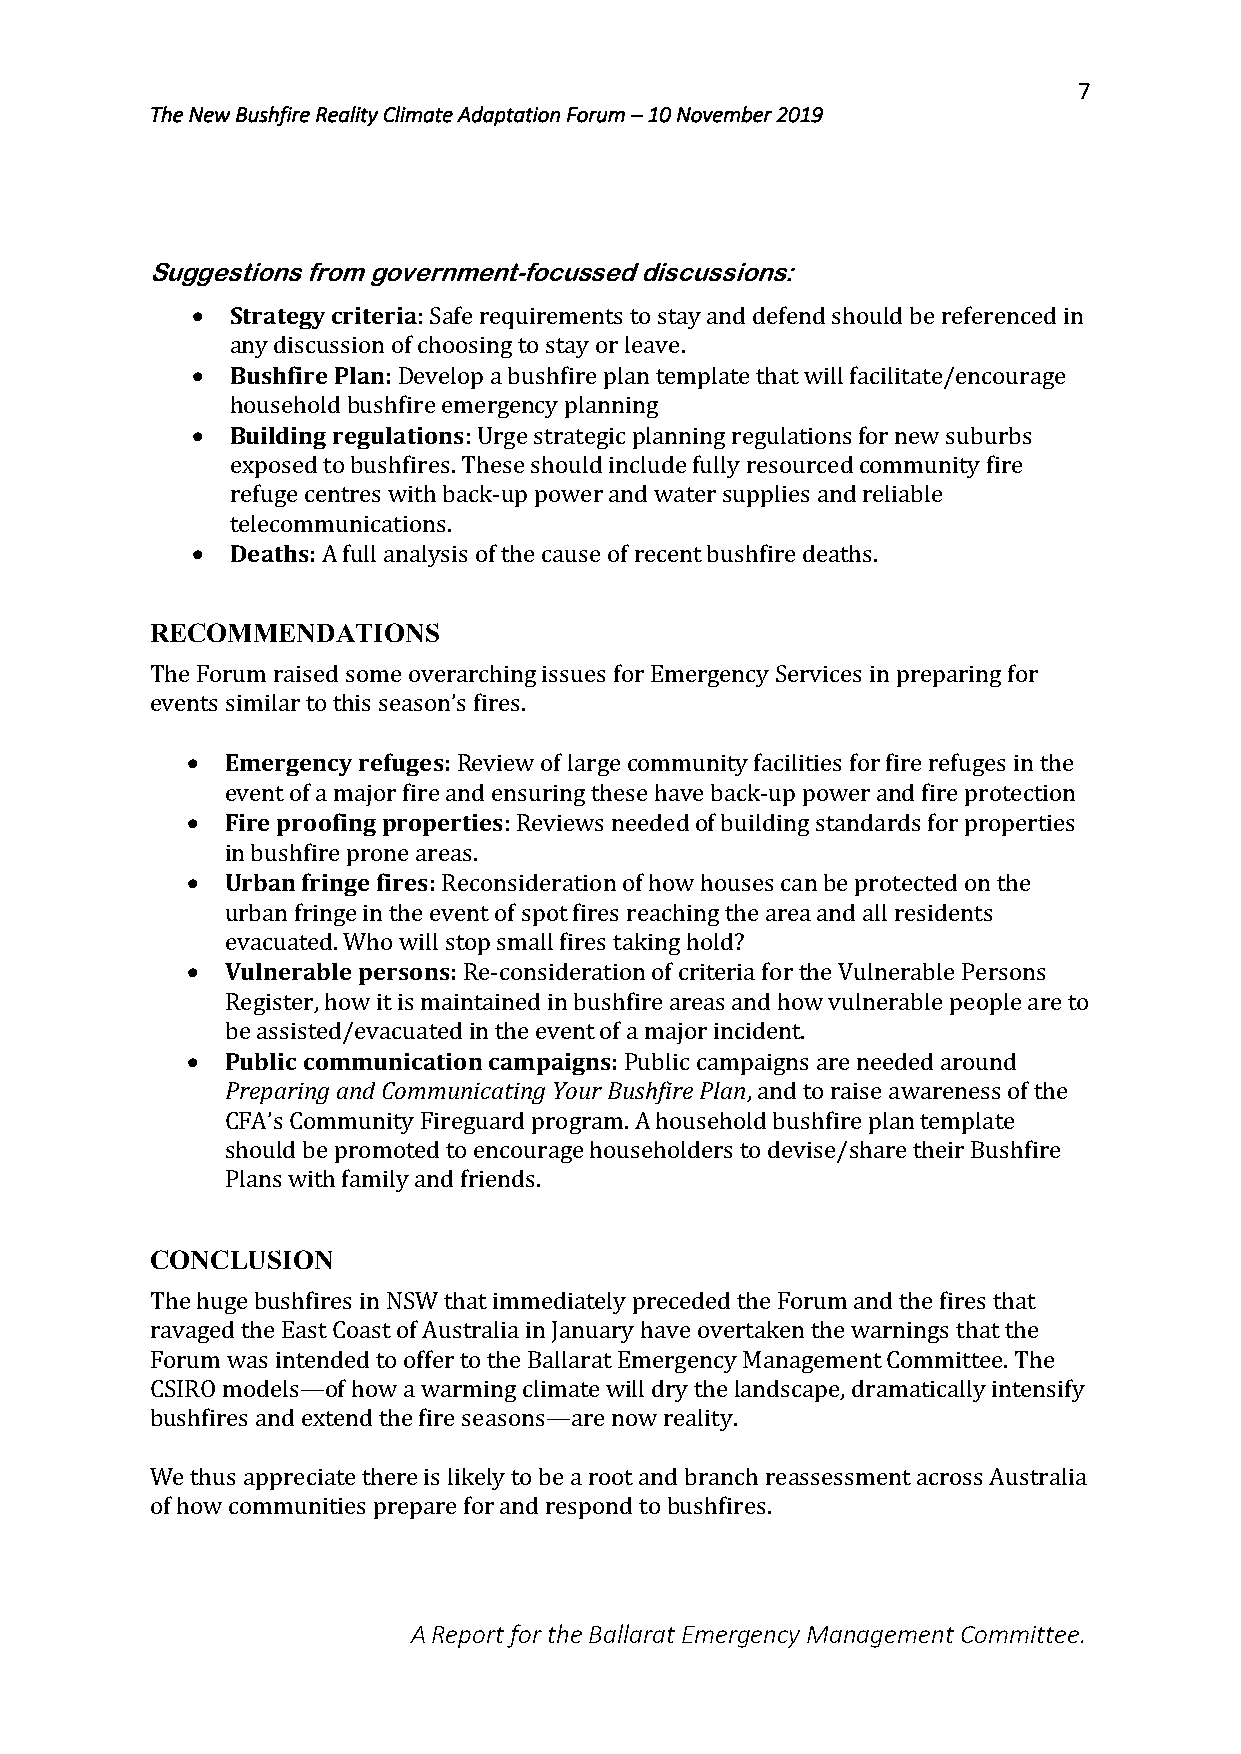
7
 The New Bushfire Reality Climate Adaptation Forum – 10 November 2019
 Suggestions from government-focussed discussions:
 • Strategy criteria: Safe requirements to stay and defend should be referenced in
 any discussion of choosing to stay or leave.
 • Bushfire Plan: Develop a bushfire plan template that will facilitate/encourage
 household bushfire emergency planning
 • Building regulations: Urge strategic planning regulations for new suburbs
 exposed to bushfires. These should include fully resourced community fire
 refuge centres with back-up power and water supplies and reliable
 telecommunications.
 • Deaths: A full analysis of the cause of recent bushfire deaths.
 RECOMMENDATIONS
 The Forum raised some overarching issues for Emergency Services in preparing for
 events similar to this season’s fires.
 •  Emergency refuges: Review of large community facilities for fire refuges in the
 event of a major fire and ensuring these have back-up power and fire protection
 •  Fire proofing properties: Reviews needed of building standards for properties
 in bushfire prone areas.
 •  Urban fringe fires: Reconsideration of how houses can be protected on the
 urban fringe in the event of spot fires reaching the area and all residents
 evacuated. Who will stop small fires taking hold?
 •  Vulnerable persons: Re-consideration of criteria for the Vulnerable Persons
 Register, how it is maintained in bushfire areas and how vulnerable people are to
 be assisted/evacuated in the event of a major incident.
 •  Public communication campaigns: Public campaigns are needed around
 Preparing and Communicating Your Bushfire Plan, and to raise awareness of the
 CFA’s Community Fireguard program. A household bushfire plan template
 should be promoted to encourage householders to devise/share their Bushfire
 Plans with family and friends.
 CONCLUSION
 The huge bushfires in NSW that immediately preceded the Forum and the fires that
 ravaged the East Coast of Australia in January have overtaken the warnings that the
 Forum was intended to offer to the Ballarat Emergency Management Committee. The
 CSIRO models—of how a warming climate will dry the landscape, dramatically intensify
 bushfires and extend the fire seasons—are now reality.
 We thus appreciate there is likely to be a root and branch reassessment across Australia
 of how communities prepare for and respond to bushfires.
 A Report for the Ballarat Emergency Management Committee.